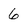
Character: 6